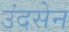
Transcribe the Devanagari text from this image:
उंदसेन